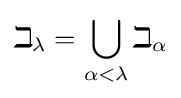
\beth _{\lambda }=\bigcup _{\alpha <\lambda }\beth _{\alpha }